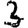
Digit: 3